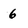
Character: 6